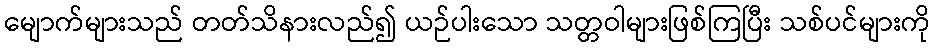
မျောက်များသည် တတ်သိနားလည်၍ ယဉ်ပါးသော သတ္တဝါများဖြစ်ကြပြီး သစ်ပင်များကို